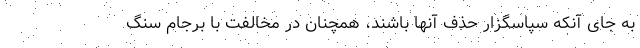
به جای آنکه سپاسگزار حذف آنها باشند، همچنان در مخالفت با برجام سنگ